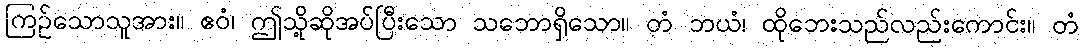
ကြဉ်သောသူအား။ ဧဝံ၊ ဤသို့ဆိုအပ်ပြီးသော သဘောရှိသော။ တံ ဘယံ၊ ထိုဘေးသည်လည်းကောင်း။ တံ